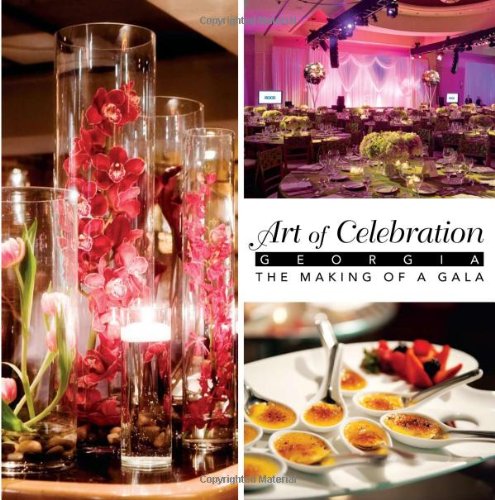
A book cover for Art of Celebration Georgia: The Making of a Gala; Crafts, Hobbies & Home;